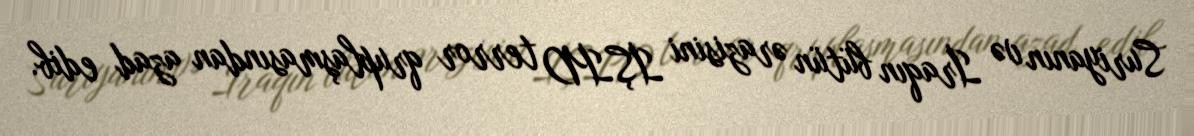
Suriyanın və İraqın bütün ərazisini İŞİD terror qruplaşmasından azad edib.